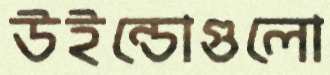
উইন্ডোগুলো